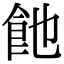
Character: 𩚉